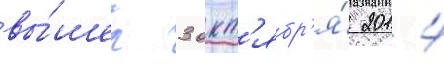
вы́шел 3 окт'ябр'я́ 2014